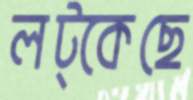
লট্‌কেছে